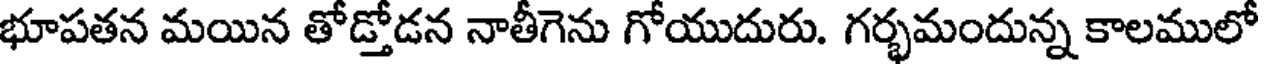
భూపతన మయిన తోడ్తోడన నాతీగెను గోయుదురు. గర్భమందున్న కాలములో